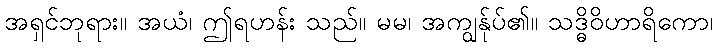
အရှင်ဘုရား။ အယံ၊ ဤရဟန်း သည်။ မမ၊ အကျွန်ုပ်၏။ သဒ္ဓိဝိဟာရိကော၊